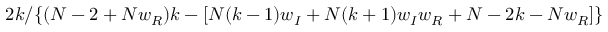
2 k / \{ ( N - 2 + N w _ { R } ) k - [ N ( k - 1 ) w _ { I } + N ( k + 1 ) w _ { I } w _ { R } + N - 2 k - N w _ { R } ] \}